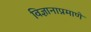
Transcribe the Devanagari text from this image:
विज्ञानाप्रमाणे